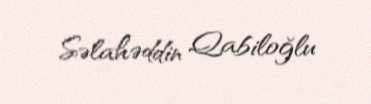
Səlahəddin Qabiloğlu